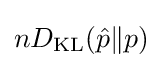
nD_{\text{KL}}({\hat {p}}\|p)